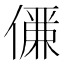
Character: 𠏊